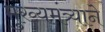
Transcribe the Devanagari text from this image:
मुख्यमंत्र्याने